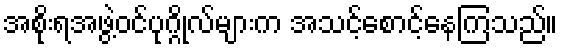
အစိုးရအဖွဲ့ဝင်ပုဂ္ဂိုလ်များက အသင့်စောင့်နေကြသည်။